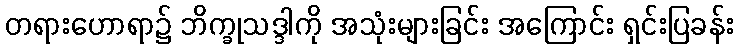
တရားဟောရာ၌ ဘိက္ခုသဒ္ဒါကို အသုံးများခြင်း အကြောင်း ရှင်းပြခန်း